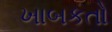
ખાબકતો